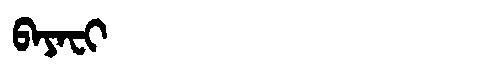
Manchu: ᠪᠠᠶᠠᠸᡳ
Romanization: BAYAFI